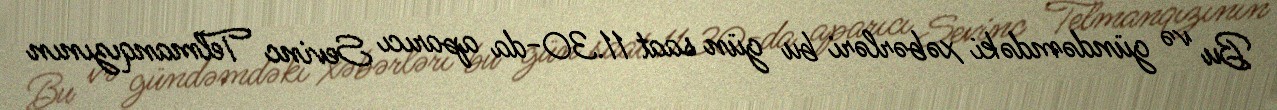
Bu və gündəmdəki xəbərləri bu gün saat 11.30-da aparıcı Sevinc Telmanqızının